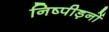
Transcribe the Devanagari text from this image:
निष्पीड़नों